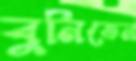
বুনিতেন